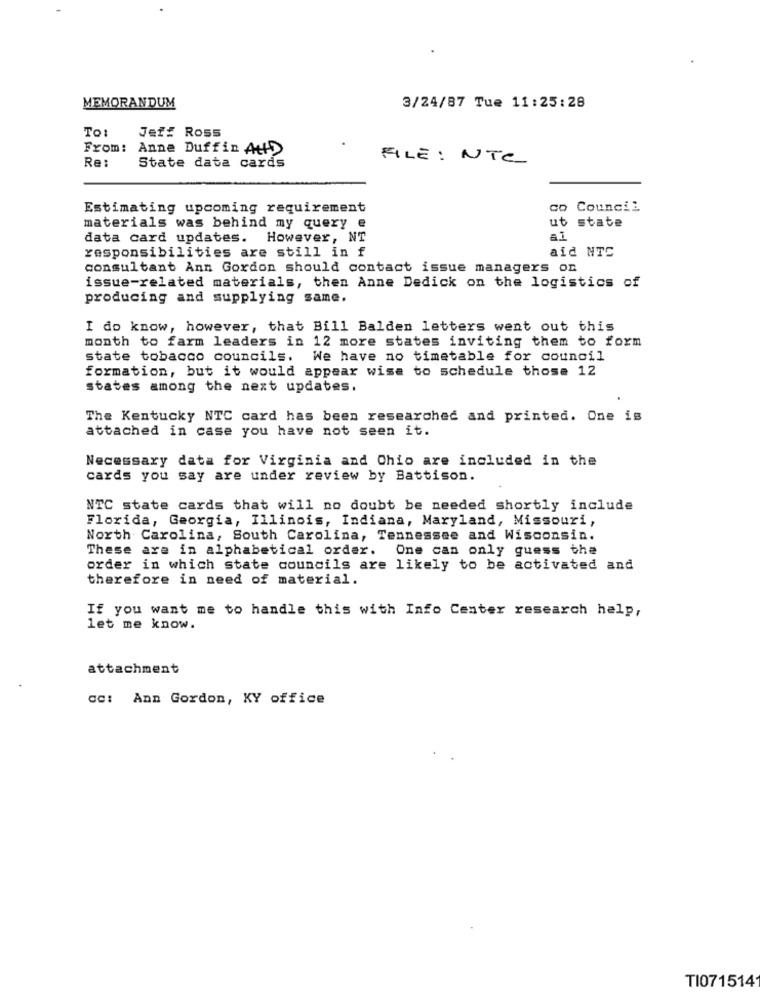
MEMORANDUM
3/24/87 Tue 11:25:28
To:
Jeff Ross
From: Anne Duffin At
Re:
FILE : NTC
State data cards
Estimating upcoming requirement
co Council
materials was behind my query e
ut state
data card updates. However, NT
al
responsibilities are still in f
aid NTC
consultant Ann Gordon should contact issue managers on
issue-related materials, then Anne Dedick on the logistics of
producing and supplying same.
I do know, however, that Bill Balden letters went out this
month to farm leaders in 12 more states inviting them to form
state tobacco councils. We have no timetable for council
formation, but it would appear wise to schedule those 12
states among the next updates.
The Kentucky NTC card has been researched and printed. One is
attached in case you have not seen it.
Necessary data for Virginia and Chio are included in the
cards you say are under review by Battison.
NTC state cards that will no doubt be needed shortly include
Florida, Georgia, Illinois, Indiana, Maryland, Missouri,
North Carolina, South Carolina, Tennessee and Wisconsin.
These are in alphabetical order.
One can only guess the
order in which state councils are likely to be activated and
therefore in need of material.
If you want me to handle this with Info Center research help,
let me know.
attachment
cc: Ann Gordon, KY office
TI0715141